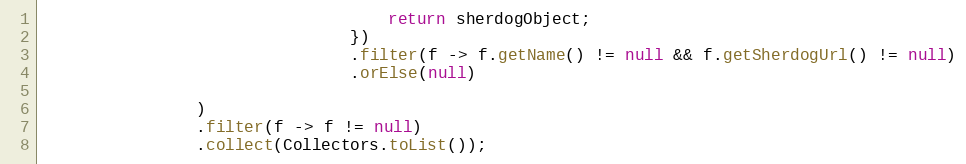
Language: Java
                                    return sherdogObject;
                                })
                                .filter(f -> f.getName() != null && f.getSherdogUrl() != null)
                                .orElse(null)

                )
                .filter(f -> f != null)
                .collect(Collectors.toList());